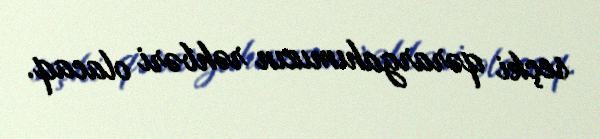
seçki qərargahımızın rəhbəri olacaq.